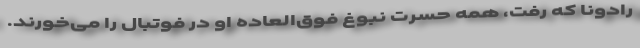
رادونا که رفت، همه حسرت نبوغ فوق‌العاده او در فوتبال را می‌خورند.